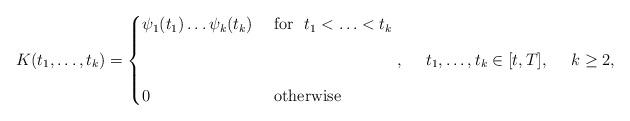
LaTeX: \begin{align*}K(t_1,\ldots,t_k)=\begin{cases}\psi_1(t_1)\ldots \psi_k(t_k)\ &\hbox{for}\ \ t_1<\ldots<t_k\\~\\~\\0\ &\hbox{otherwise}\end{cases},\ \ \ \ t_1,\ldots,t_k\in[t, T],\ \ \ \ k\ge 2,\end{align*}